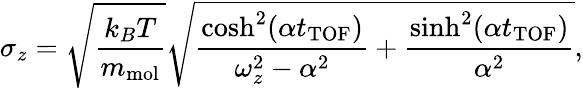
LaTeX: \sigma_{z}=\sqrt{\frac{k_{B}T}{m_{\mathrm{mol}}}}\sqrt{\frac{\cosh^{2}(\alpha t_{\mathrm{TOF}})}{\omega_{z}^{2}-\alpha^{2}}+\frac{\sinh^{2}(\alpha t_{\mathrm{TOF}})}{\alpha^{2}}},